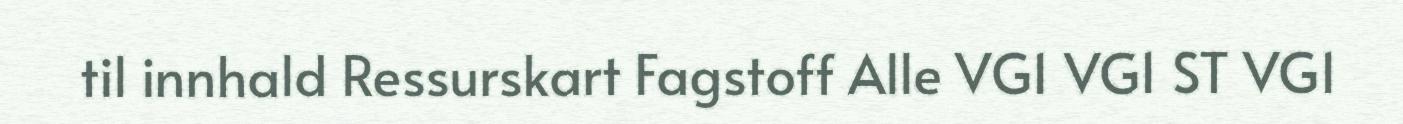
til innhald Ressurskart Fagstoff Alle VG1 VG1 ST VG1